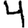
Digit: 4